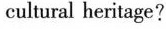
cultural heritage?